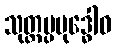
သုတ္တပ္ပဗုဒ္ဓေါဝ